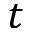
t